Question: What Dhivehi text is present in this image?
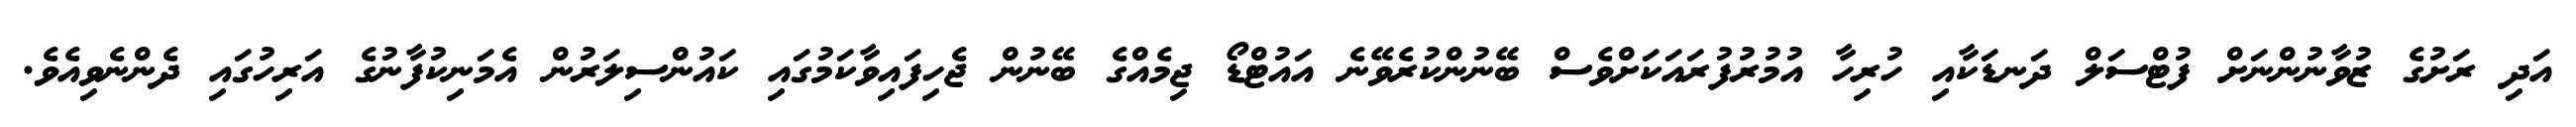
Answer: އަދި ރަށުގެ ޒުވާނުންނަށް ފުޓްސަލް ދަނޑަކާއި ހުރިހާ އުމުރުފުރައަކަށްވެސް ބޭނުންކުރެވޭނެ އައުޓްޑޯ ޖިމެއްގެ ބޭނުން ޖެހިފައިވާކަމުގައި ކައުންސިލަރުން އެމަނިކުފާނުގެ އަރިހުގައި ދެންނެވިއެވެ.